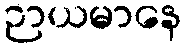
ဉာယမာနေ